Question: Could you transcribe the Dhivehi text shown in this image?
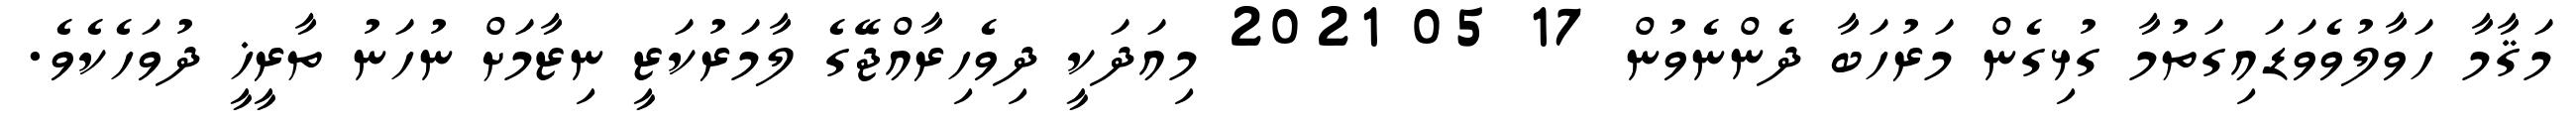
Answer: މަޤާމާ ހަވާލުވެވަޑައިގަތުމާ ގުޅިގެން މަރުހަބާ ދެންނެވުން 17 05 2021 މިއަދަކީ ދިވެހިރާއްޖޭގެ ލާމަރުކަޒީ ނިޒާމަށް ނުހަނު ތާރީޚީ ދުވަހެކެވެ.